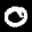
Label: 0